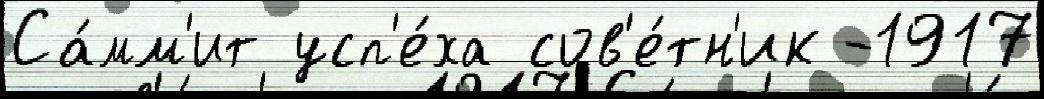
Са́мм'ит усп'е́ха сов'е́тн'ик -1917